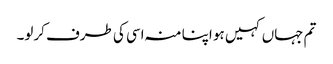
تم جہاں کہیں ہو اپنا منہ اسی کی طرف کرلو۔